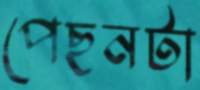
পেছনটা